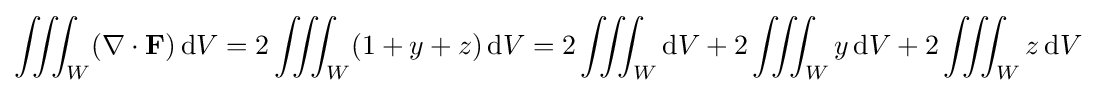
\iiint _{W}(\nabla \cdot \mathbf {F} )\,\mathrm {d} V=2\iiint _{W}(1+y+z)\,\mathrm {d} V=2\iiint _{W}\mathrm {d} V+2\iiint _{W}y\,\mathrm {d} V+2\iiint _{W}z\,\mathrm {d} V